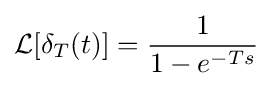
{\mathcal {L}}[\delta _{T}(t)]={\frac {1}{1-e^{-Ts}}}